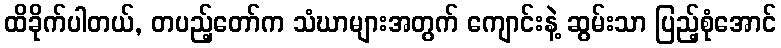
ထိခိုက်ပါတယ်, တပည့်တော်က သံဃာများအတွက် ကျောင်းနဲ့ ဆွမ်းသာ ပြည့်စုံအောင်